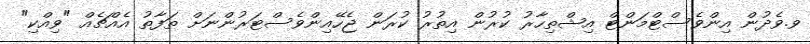
ވ.ވެދުން އިންވެސްޓްމަންޓް އިޝްތިހާރު ކުރުން އިތުރު ކުރަން ޖެހޭއިންވެސްޓަރުންނަށް ތަފާތު އެއްޗެއް "ވިއްކި"